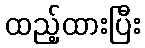
ထည့်ထားပြီး